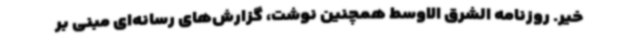
خیر. روزنامه الشرق الاوسط همچنین نوشت، گزارش‌های رسانه‌ای مبنی بر